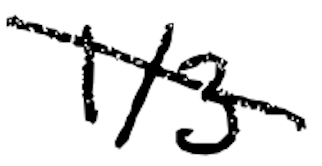
Text: 1/3
Cross-out: diagonal
Writing tool: digital_black